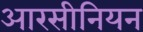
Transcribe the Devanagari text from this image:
आरसीनियन